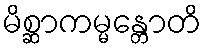
မိစ္ဆာကမ္မန္တောတိ